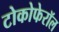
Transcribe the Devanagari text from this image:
टोकोफेरॉल